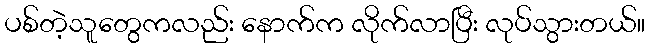
ပစ်တဲ့သူတွေကလည်း နောက်က လိုက်လာပြီး လုပ်သွားတယ်။